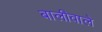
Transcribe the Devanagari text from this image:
बालीवाले